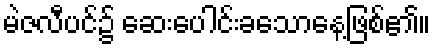
မဲဇလီပင်၌ ဆေးပေါင်းခသောနေ့ဖြစ်၏။